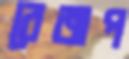
বেজপ